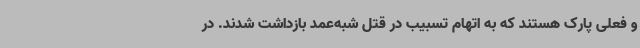
و فعلی پارک هستند که به اتهام تسبیب در قتل شبه‌عمد بازداشت شدند. در